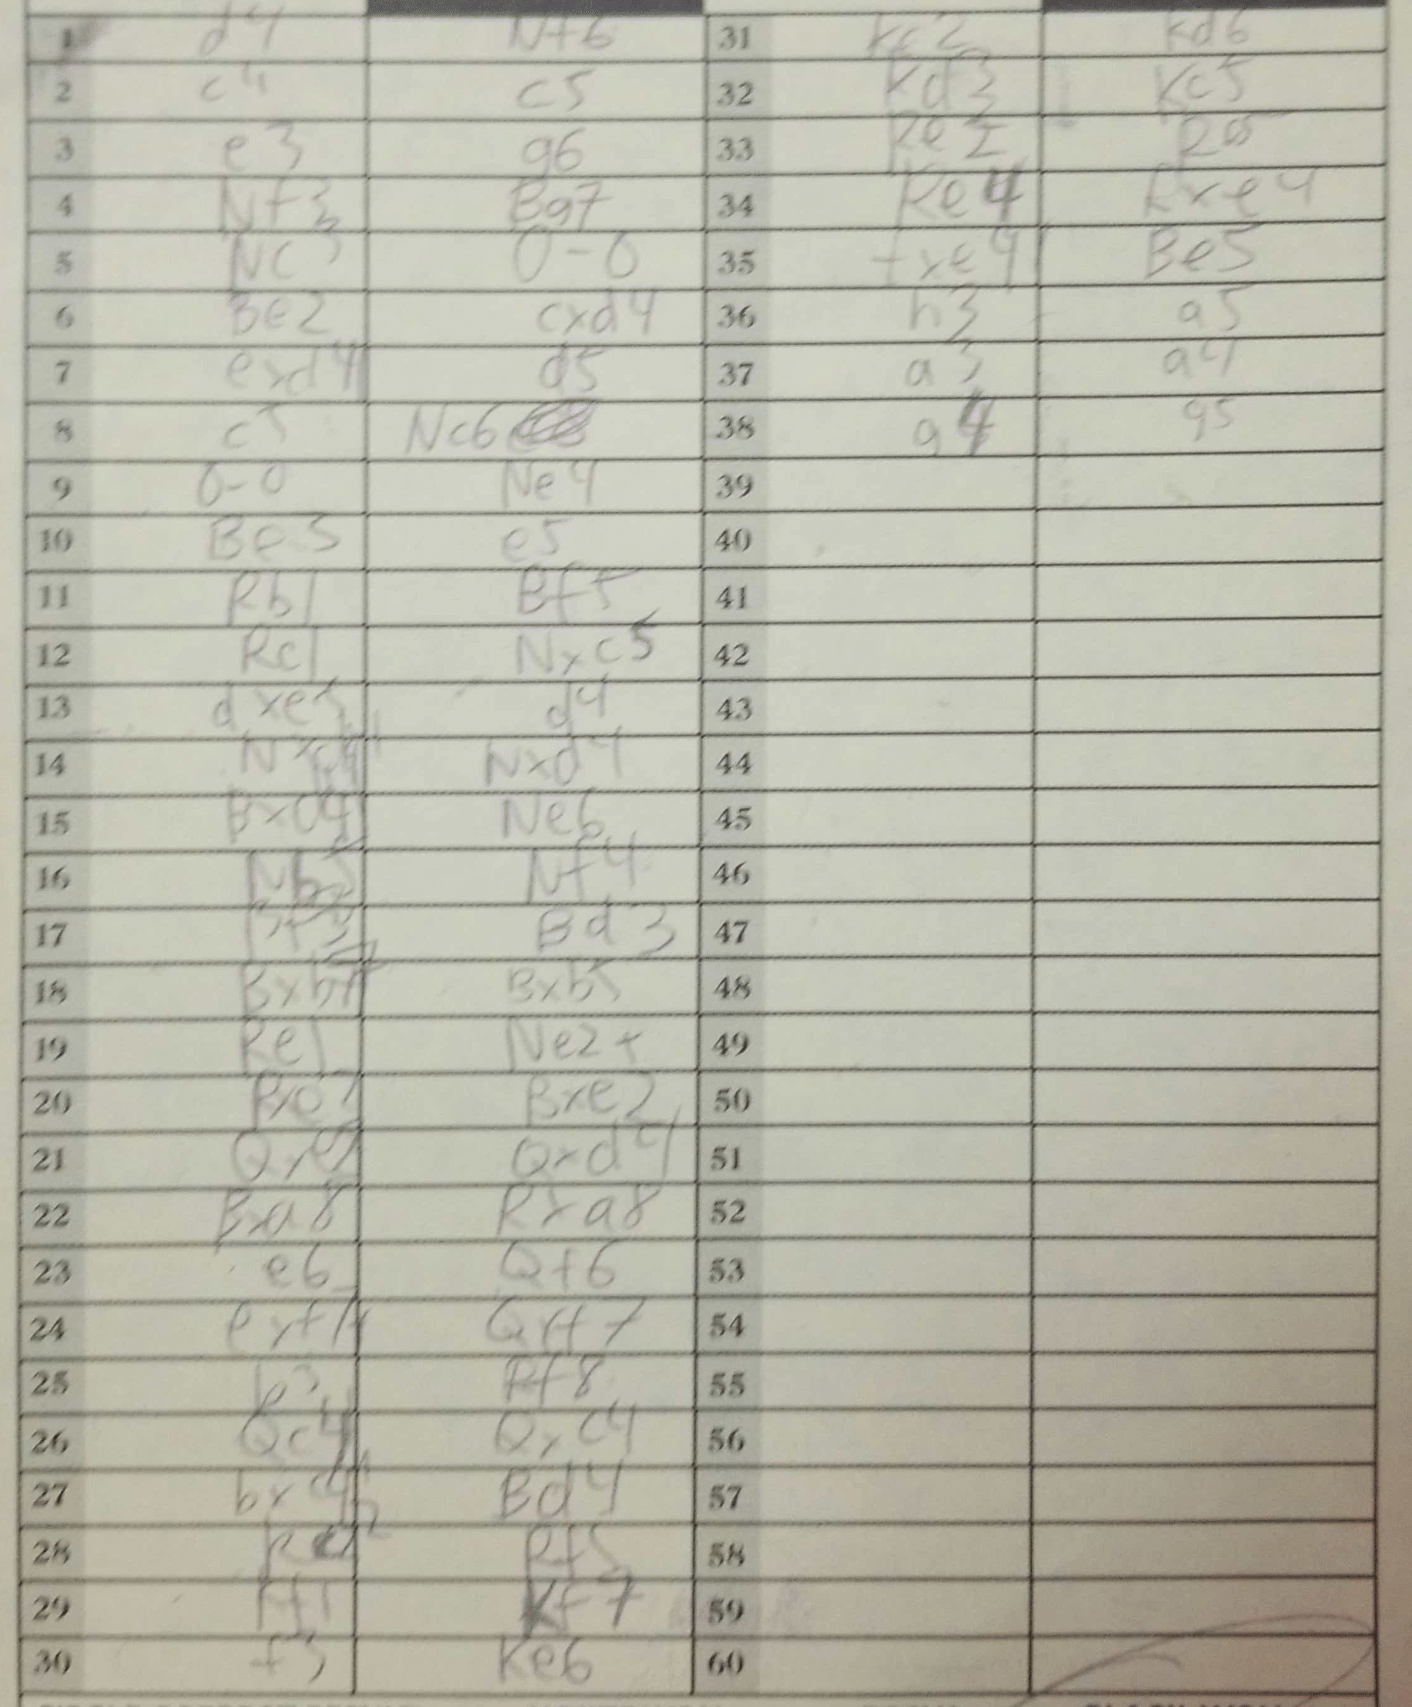
Moves: d4 Nf6 c4 c5 e3 g6 NNf5 Bg7 Nc3 O-O Be2 cxd4 exd4 d5 c5 Nc6 O-O Ne4 Be5 e5 Rb1 Bf5 Rc1 Nxc5 dxe5 d4 Nxd4 Bxa4 Ne6 Nb5 Nf4 Bf3 Bd3 Bxb7 Bxb5 Re1 Ne2+ Rxe5 Bxe2 Qxe2 Qxd4 Bxa8 Rxa8 e6 Qf6 exf7 Qxf7 b3 Rf8 Qc4 Qxc4 bxc4 Bd4 Rf5 Kf1 Kf7 f3 Ke6 Ke2 Kd6 Kd3 Kc5 Re2 Re5 Re4 Rxe4 fxe4 Be5 h3 a5 a3 a4 a4 g5